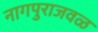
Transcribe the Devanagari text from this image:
नागपुराजवळ